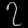
Digit: ၇